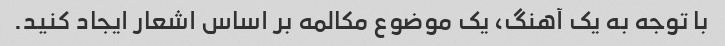
با توجه به یک آهنگ، یک موضوع مکالمه بر اساس اشعار ایجاد کنید.